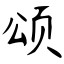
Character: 颂